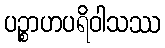
ပဉ္စာဟပရိဝါသဿ